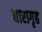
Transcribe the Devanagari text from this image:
धारागृह